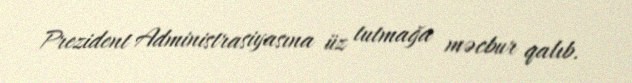
Prezident Administrasiyasına üz tutmağa məcbur qalıb.